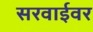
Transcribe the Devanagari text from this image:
सरवाईवर